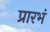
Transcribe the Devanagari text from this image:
प्रारभं